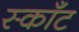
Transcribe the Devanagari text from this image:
स्काँट